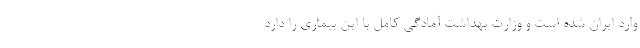
وارد ایران شده است و وزارت بهداشت آمادگی کامل با این بیماری را دارد